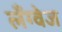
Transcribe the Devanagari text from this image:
लॅंग्वेज